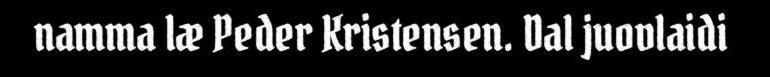
namma læ Peder Kristensen. Dal juovlaidi